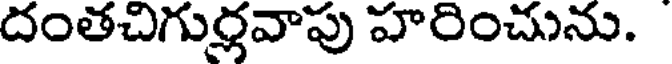
దంతచిగుర్లవాపు హరించును.